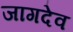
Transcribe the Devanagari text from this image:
जागदेव